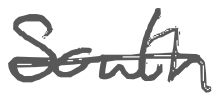
Text: South
Cross-out: single-line
Writing tool: digital_gray